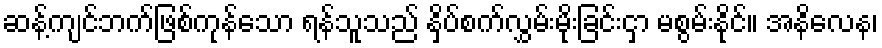
ဆန့်ကျင်ဘက်ဖြစ်ကုန်သော ရန်သူသည် နှိပ်စက်လွှမ်းမိုးခြင်းငှာ မစွမ်းနိုင်။ အနိလေန၊